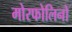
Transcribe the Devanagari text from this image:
मोरफोलिनो